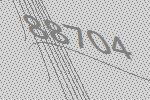
88704